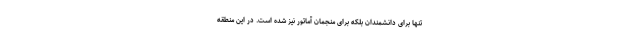
تنها برای دانشمندان بلکه برای منجمان آماتور نیز شده است. در این منطقه